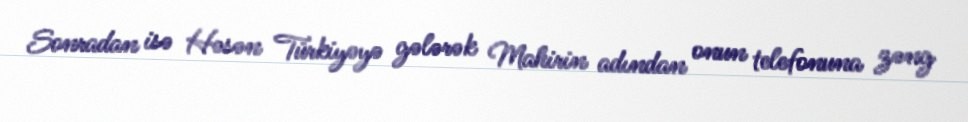
Sonradan isə Həsən Türkiyəyə gələrək Mahirin adından onun telefonuna zəng